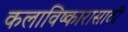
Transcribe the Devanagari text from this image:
कलाविष्कारासाठी